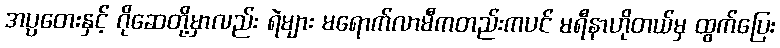
အပ္ပတေးနှင့် ဂိုဆေတို့မှာလည်း ရဲများ မရောက်လာမီကတည်းကပင် မရီနာဟိုတယ်မှ ထွက်ပြေး